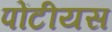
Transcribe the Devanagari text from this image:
पोंटीयस